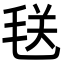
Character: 𪵜